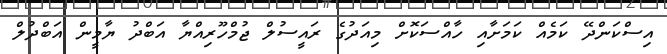
އިސްކަންދޭ ކަމެއް ކަމަށާއި ހާއްސަކޮށް މިއަދުގެ ރައީސުލް ޖުމްހޫރިއްޔާ އަބްދު ޔާމީން އަބްދުލް